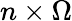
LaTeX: n\times\Omega